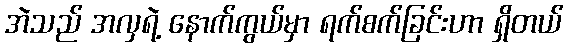
အဲသည် အလှရဲ့ နောက်ကွယ်မှာ ရက်စက်ခြင်းဟာ ရှိတယ်